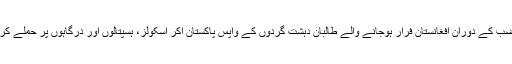
پاکستانی سفیر نے ضرب عضب کے دوران افغانستان فرار ہوجانے والے طالبان دہشت گردوں کے واپس پاکستان آکر اسکولز، ہسپتالوں اور درگاہوں پر حملے کرنے سے متعلق بھی بات کی۔